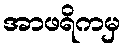
အာဖရိကမှ